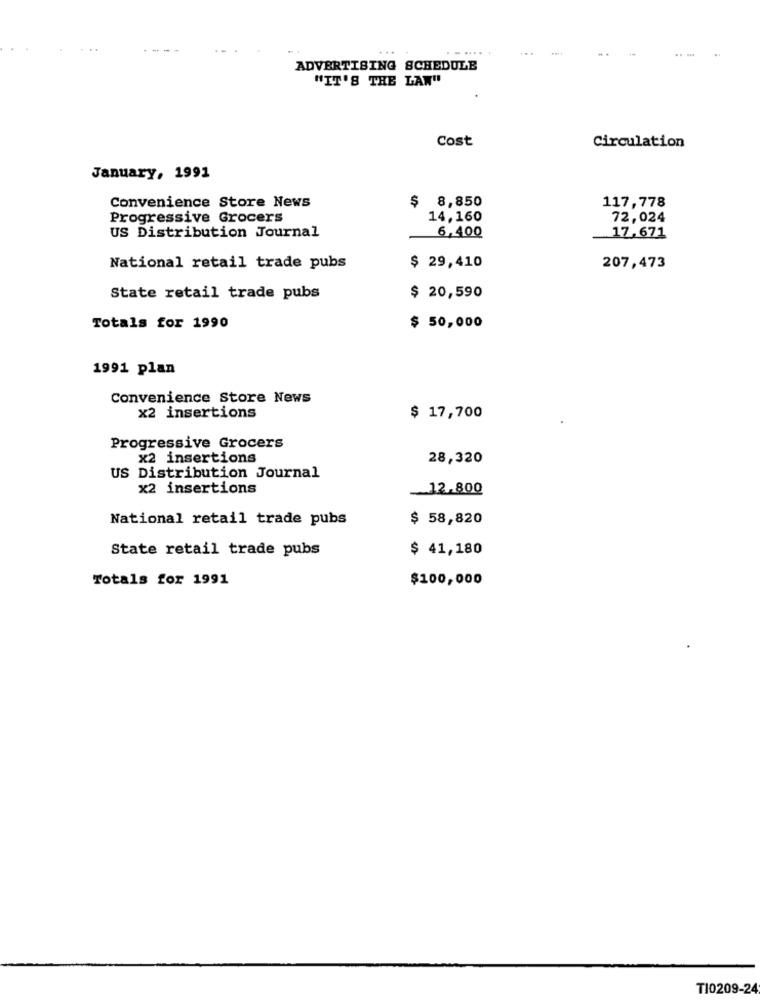
...
..... .
...
ADVERTISING SCHEDULE
"IT'S THE LAW"
Cost
Circulation
January, 1991
Convenience Store News
$
8,850
117,778
Progressive Grocers
14,160
72,024
US Distribution Journal
6,400
17,671
National retail trade pubs
$ 29,410
207,473
State retail trade pubs
$ 20,590
Totals for 1990
$ 50,000
1991 plan
Convenience Store News
x2 insertions
$ 17,700
Progressive Grocers
x2 insertions
28,320
US Distribution Journal
x2 insertions
12.800
National retail trade pubs
$ 58,820
State retail trade pubs
$ 41,180
Totals for 1991
$100,000
T10209-24